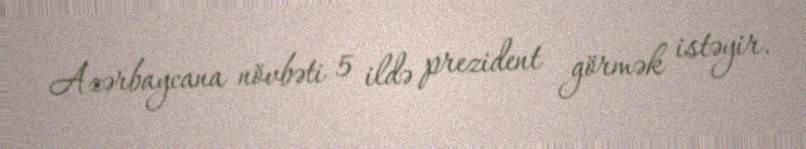
Azərbaycana növbəti 5 ildə prezident görmək istəyir.